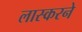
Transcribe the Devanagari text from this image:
लास्करने